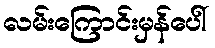
လမ်းကြောင်းမှန်ပေါ်